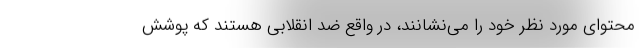
محتوای مورد نظر خود را می‌نشانند، در واقع ضد انقلابی هستند که پوشش